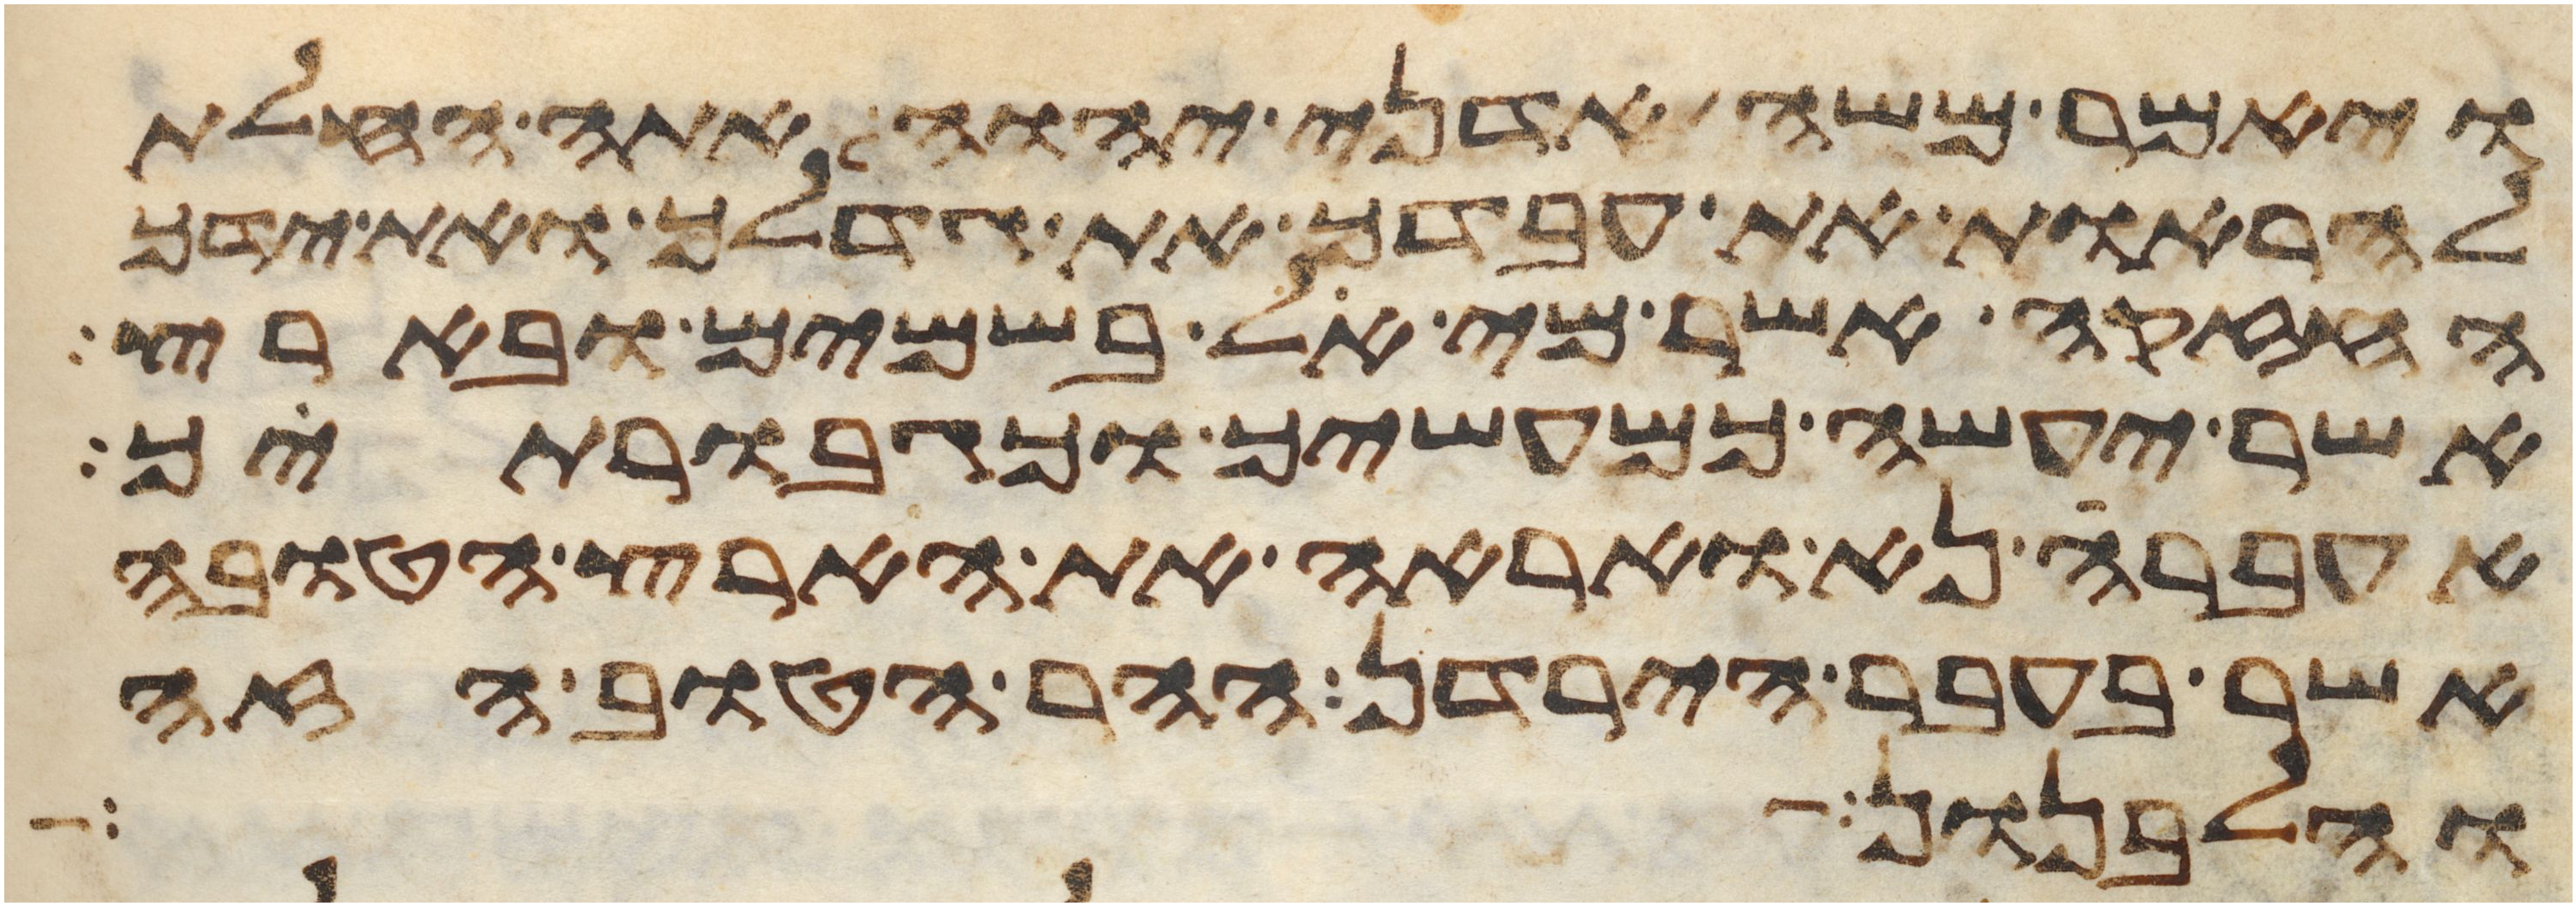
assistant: ויאמר משה אדני יהוה אתה החלת
להראות את עבדך את גדלך ואת ידך
החזקה אשר מי אל בשמים ובארץ
אשר יעשה כמעשיך וכגבורתיך
אעברה נא ואראה את הארץ הטובה
אשר בעבר הירדן ההר הטוב הזה
והלבנון